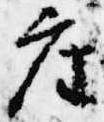
座